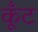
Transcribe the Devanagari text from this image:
कूँट